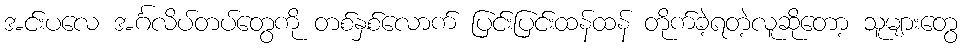
အင်းပလေ အင်္ဂလိပ်တပ်တွေကို တစ်နှစ်လောက် ပြင်းပြင်းထန်ထန် တိုက်ခဲ့ရတဲ့လူဆိုတော့ သူများတွေ